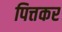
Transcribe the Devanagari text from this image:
पित्तकर